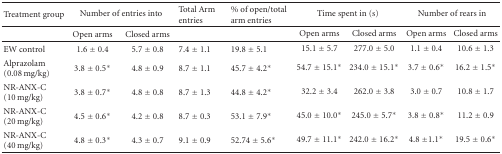
<table><thead><tr><td><b>Treatment group</b></td><td colspan="2"><b>Number of entries into</b></td><td><b>Total Arm entries</b></td><td><b>% of open/total arm entries</b></td><td colspan="2"><b>Time spent in (s)</b></td><td colspan="2"><b>Number of rears in</b></td></tr></thead><tbody><tr><td></td><td>Open arms</td><td>Closed arms</td><td></td><td></td><td>Open arms</td><td>Closed arms</td><td>Open arms</td><td>Closed arms</td></tr><tr><td>EW control</td><td>1.6 ± 0.4</td><td>5.7 ± 0.8</td><td>7.4 ± 1.1</td><td> 19.8 ± 5.1</td><td>15.1 ± 5.7</td><td>277.0 ± 5.0</td><td>1.1 ± 0.4</td><td>10.6 ± 1.3</td></tr><tr><td>Alprazolam (0.08 mg/kg)</td><td>3.8 ± 0.5*</td><td>4.8 ± 0.9</td><td>8.7 ± 1.1</td><td>45.7 ± 4.2*</td><td>54.7 ± 15.1*</td><td>234.0 ± 15.1*</td><td>3.7 ± 0.6*</td><td>16.2 ± 1.5*</td></tr><tr><td>NR-ANX-C (10 mg/kg)</td><td>3.8 ± 0.7*</td><td>4.8 ± 0.8</td><td>8.7 ± 1.3</td><td>44.8 ± 4.2*</td><td>32.2 ± 3.4</td><td>262.0 ± 3.8</td><td>3.0 ± 0.7</td><td>10.8 ± 1.7</td></tr><tr><td>NR-ANX-C (20 mg/kg)</td><td>4.5 ± 0.6*</td><td>4.2 ± 0.8</td><td>8.7 ± 0.3</td><td>53.1 ± 7.9*</td><td>45.0 ± 10.0*</td><td>245.0 ± 5.7*</td><td>3.8 ± 0.8*</td><td>11.2 ± 0.9</td></tr><tr><td>NR-ANX-C (40 mg/kg)</td><td>4.8 ± 0.3*</td><td>4.3 ± 0.7</td><td>9.1 ± 0.9</td><td>52.74 ± 5.6*</td><td>49.7 ± 11.1*</td><td>242.0 ± 16.2*</td><td>4.8 ±1.1*</td><td>19.5 ± 0.6*</td></tr></tbody></table>